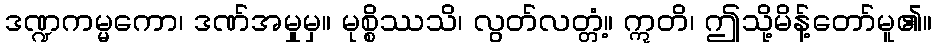
ဒဏ္ဍကမ္မကော၊ ဒဏ်အမှုမှ။ မုစ္စိဿသိ၊ လွတ်လတ္တံ့။ ဣတိ၊ ဤသို့မိန့်တော်မူ၏။